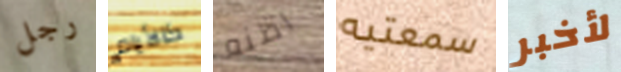
رجل كالأيام اظنه سمعتيه لأخبر